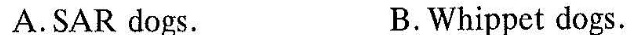
A.SAR dogs. BWhippet dogs.